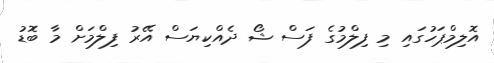
އޮލިމްޕަހުގައި މި ފިލްމުގެ ފަސް ޝޯ ދެއްކިޔަސް އޭރު ފިލްމަށް މާ ބޮޑު